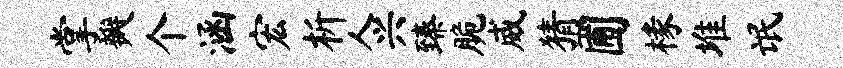
掌瓣个涵宏析人兴臻脆威猜圃椽堆氓